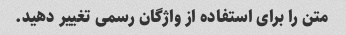
متن را برای استفاده از واژگان رسمی تغییر دهید.